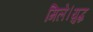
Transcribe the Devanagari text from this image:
मिले।युद्ध